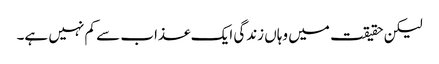
لیکن حقیقت میں وہاں زندگی ایک عذاب سے کم نہیں ہے۔